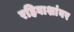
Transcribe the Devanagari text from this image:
रहिवाशांवर